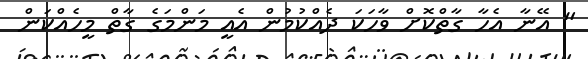
" އޭނާ އެހާ ގާތްކޮށް ވާހަކަ ދެއްކުމުން އެއީ މަންމަގެ ގާތް މީހެއްކަން